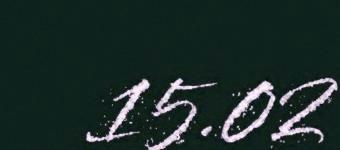
15.02